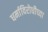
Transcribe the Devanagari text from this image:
धर्माविरोधीच्या